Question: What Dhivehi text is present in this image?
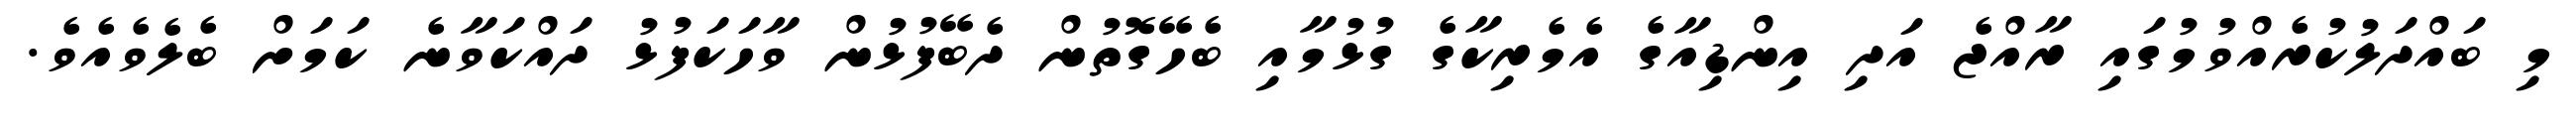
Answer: މި ބައްދަލުކުރެއްވުމުގައި ރާއްޖެ އަދި އިންޑިއާގެ އެމެރިކާގެ ގުޅުމާއި ބެހޭގޮތުން ދެބޭފުޅުން ވާހަކަފުޅު ދައްކަވާނެ ކަމަށް ބެލެވެއެވެ.